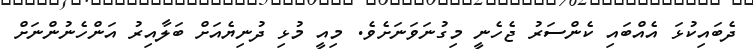
ދެބައިކުޅަ އެއްބައި ކެންސަރު ޖެހެނީ މިގުނަވަނަށެވެ. މިއީ މުޅި ދުނިޔެއަށް ބަލާއިރު އަންހެނުންނަށް